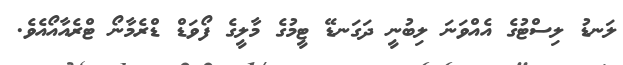
ލަނޑު ލިސްޓުގެ އެއްވަނަ ލިބުނީ ދަގަނޑޭ ޓީމުގެ މާލީގެ ފޯވަޑް ޑްރެމާނޯ ޓްރެއާއޯއެވެ.